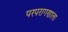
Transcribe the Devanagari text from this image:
परपरागणाला